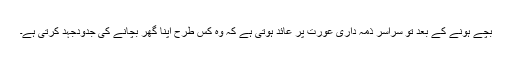
بچے ہونے کے بعد تو سراسر ذمہ داری عورت پر عائد ہوتی ہے کہ وہ کس طرح اپنا گھر بچانے کی جدودجہد کرتی ہے۔